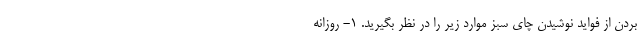
بردن از فواید نوشیدن چای سبز موارد زیر را در نظر بگیرید. ۱- روزانه